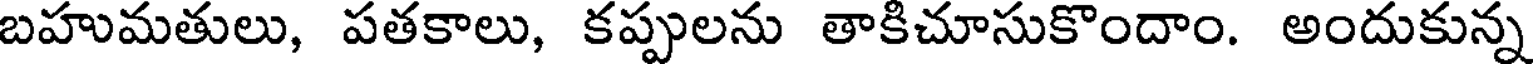
బహుమతులు, పతకాలు, కప్పులను తాకిచూసుకొందాం. అందుకున్న